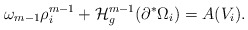
\begin{align*}\omega_{m-1} \rho_i^{m-1} + \mathcal{H}^{m-1}_g (\partial^* \Omega_i) = A (V_i).\end{align*}